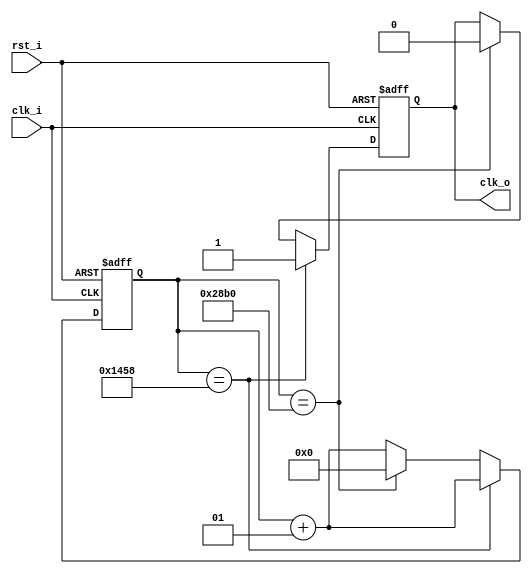
`timescale 1ns / 1ps
//////////////////////////////////////////////////////////////////////////////////
// Company: 
// Engineer: 
// 
// Design Name: 
// Module Name: div
// Project Name: 
// Target Devices: 
// Tool Versions: 
// Description: 
// 
// Dependencies: 
// 
// Revision:
// Revision 0.01 - File Created
// Additional Comments:
// 
//////////////////////////////////////////////////////////////////////////////////


module div #(parameter NDIV = 10_417) 
    (
    input clk_i,
    input rst_i,
    output reg clk_o
    );

integer counter = 0;

initial
begin
    clk_o = 0;
end

always @(posedge clk_i or posedge rst_i) begin
    if(rst_i) begin
        counter <= 0;
        clk_o <= 0;
    end
    else if(clk_i) begin
        counter <= counter + 1;
        if(counter == NDIV / 2) begin
            clk_o <= 1;
        end
        else if(counter == NDIV - 1) begin
            counter <= 0;
            clk_o <= 0;
        end
    end
end
    
endmodule